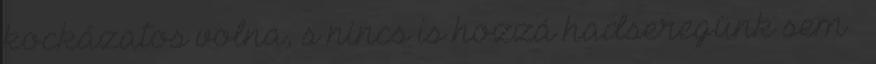
kockázatos volna, s nincs is hozzá hadseregünk sem –